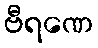
ဗီရဏေ